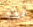
لذا